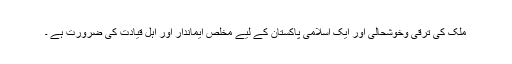
ملک کی ترقی وخوشحالی اور ایک اسلامی پاکستان کے لیے مخلص ایماندار اور اہل قیادت کی ضرورت ہے ۔